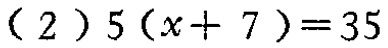
(2)$5(x + 7)=35$